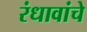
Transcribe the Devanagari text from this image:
रंधावांचे